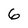
Character: 6